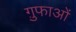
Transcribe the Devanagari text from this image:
ग़ुफाओं